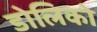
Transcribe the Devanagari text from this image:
डोलिको